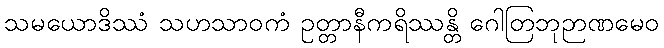
သမယောဒိဿံ သဟသာဝကံ ဥတ္တာနီကရိဿန္တိ ဂေါတြဘုဉာဏမေဝ